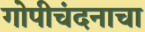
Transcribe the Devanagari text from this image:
गोपीचंदनाचा